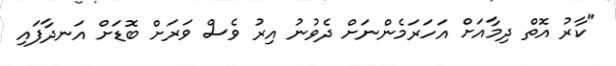
"ކާރު އޮތް ދިމާއަށް އަހަރަމެންނަށް ދެވުނު އިރު ވެސް ވަރަށް ބޮޑަށް އަނދާފައި